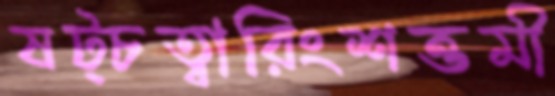
ষট্‌চত্বারিংশত্তমী